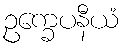
ဥက္ခေပနီယံ